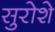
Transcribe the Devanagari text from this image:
सुरोशे